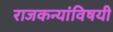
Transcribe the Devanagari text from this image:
राजकन्यांविषयी